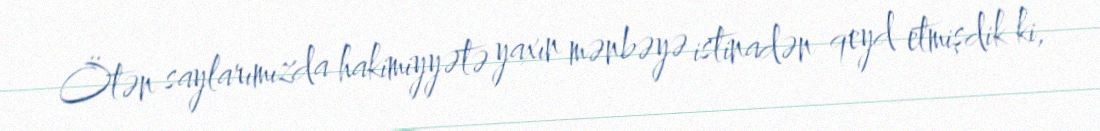
Ötən saylarımızda hakimiyyətə yaxın mənbəyə istinadən qeyd etmişdik ki,